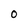
Character: 0